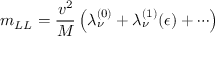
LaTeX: m _ { L L } = { \frac { v ^ { 2 } } { M } } \left( \lambda _ { \nu } ^ { ( 0 ) } + \lambda _ { \nu } ^ { ( 1 ) } ( \epsilon ) + \cdots \right)